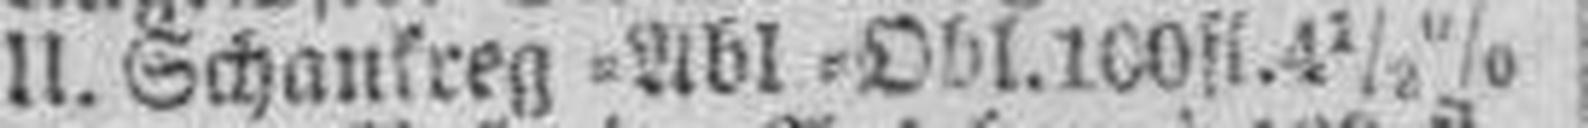
U. Schanfreg=Abl=Obl. 100 fl. 4 1/2%